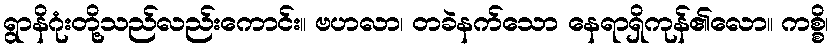
ရွာနိဂုံးတို့သည်လည်းကောင်း။ ဗဟလာ၊ တခဲနက်သော နေရာရှိကုန်၏လော။ ကစ္စိ၊